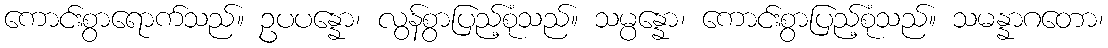
ကောင်းစွာရောက်သည်။ ဥပပန္နော၊ လွန်စွာပြည့်စုံသည်။ သမ္ပန္နော၊ ကောင်းစွာပြည့်စုံသည်။ သမန္နာဂတော၊